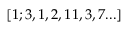
[ 1 ; 3 , 1 , 2 , 1 1 , 3 , 7 . . . ]